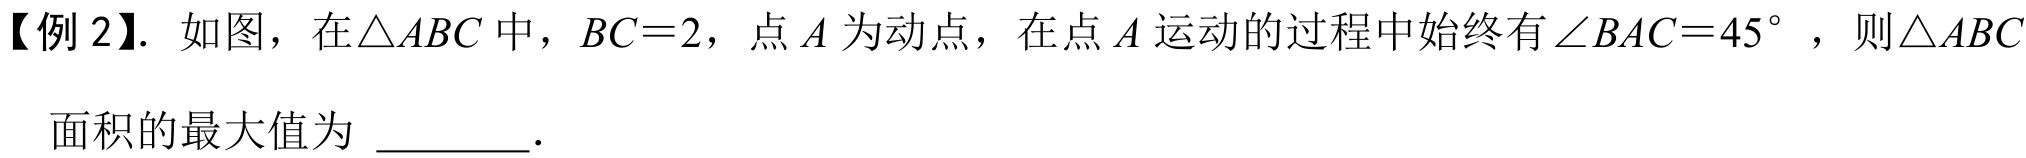
【例 2】. 如图，在\(\triangle ABC\)中，\(BC = 2\)，点\(A\)为动点，在点\(A\)运动的过程中始终有\(\angle BAC = 45^{\circ}\)，则\(\triangle ABC\)

面积的最大值为 \_\_\_\_\_ .